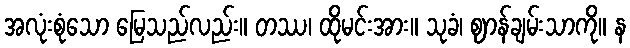
အလုံးစုံသော မြေသည်လည်း။ တဿ၊ ထိုမင်းအား။ သုခံ၊ ဈာန်ချမ်းသာကို။ န